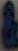
&